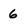
Character: 6